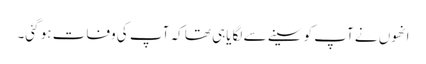
انھوں نے آپ کو سینے سے لگایاہی تھا کہ آپ کی وفات ہو گئی۔